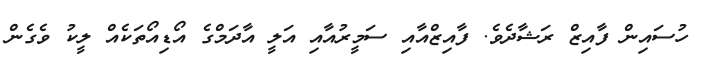
ހުސައިން ފާއިޒް ރަޝާދެވެ. ފާއިޒްއާއި ސަމީރުއާއި އަލީ އާދަމްގެ އޯޑިއޯތަކެއް ލީކު ވެގެން